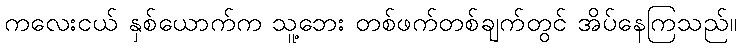
ကလေးငယ် နှစ်ယောက်က သူ့ဘေး တစ်ဖက်တစ်ချက်တွင် အိပ်နေကြသည်။